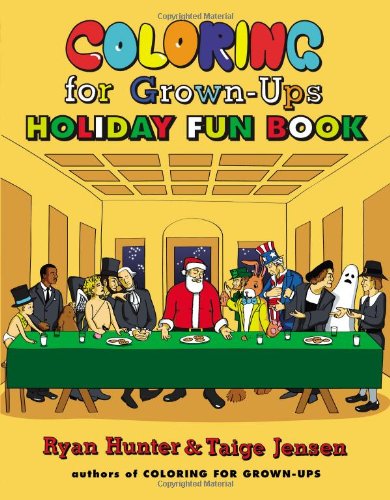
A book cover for Coloring for Grown-Ups Holiday Fun Book; Ryan Hunter; Humor & Entertainment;